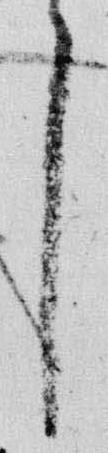
了